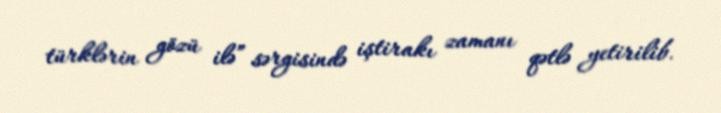
türklərin gözü ilə” sərgisində iştirakı zamanı qətlə yetirilib.